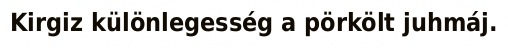
Kirgiz különlegesség a pörkölt juhmáj.